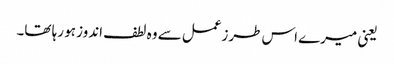
یعنی میرے اس طرزعمل سے وہ لطف اندوز ہو رہا تھا۔